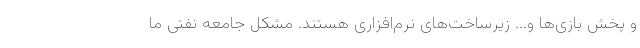
و پخش بازی‌ها و... زیرساخت‌های نرم‌افزاری هستند. مشکل جامعه نفتی ما